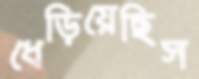
ধেড়িয়েছিস